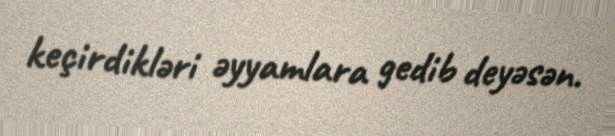
keçirdikləri əyyamlara gedib deyəsən.